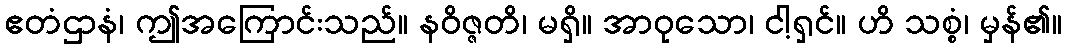
ဧတံဌာနံ၊ ဤအကြောင်းသည်။ နဝိဇ္ဇတိ၊ မရှိ။ အာဝုသော၊ ငါ့ရှင်။ ဟိ သစ္စံ၊ မှန်၏။